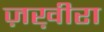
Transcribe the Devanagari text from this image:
ज़ख़ीरा